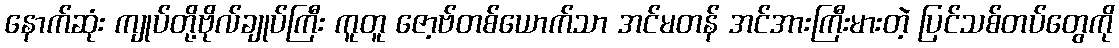
နောက်ဆုံး ကျုပ်တို့ဗိုလ်ချုပ်ကြီး ကူတူ ဇော့ဗ်တစ်ယောက်သာ အင်မတန် အင်အားကြီးမားတဲ့ ပြင်သစ်တပ်တွေကို